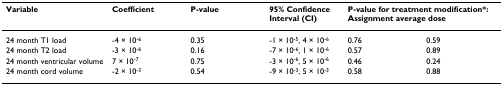
| Variable | Coefficient | P-value | 95% Confidence Interval (CI) | <COLSPAN=2> P-value for treatment modification*: Assignment average dose |
 | --- | --- | --- | --- | --- | --- |
 | 24 month T1 load | -4 × 10-6 | 0.35 | -1 × 10-5, 4 × 10-6 | 0.76 | 0.59 |
 | 24 month T2 load | -3 × 10-6 | 0.16 | -7 × 10-6, 1 × 10-6 | 0.57 | 0.89 |
 | 24 month ventricular volume | 7 × 10-7 | 0.75 | -3 × 10-6, 5 × 10-6 | 0.46 | 0.24 |
 | 24 month cord volume | -2 × 10-3 | 0.54 | -9 × 10-3, 5 × 10-3 | 0.58 | 0.88 |